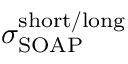
\sigma _ { \mathrm { S O A P } } ^ { \mathrm { s h o r t / l o n g } }